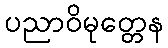
ပညာဝိမုတ္တေန